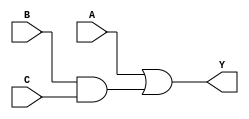
module circuit1(A, B, C, Y);
input A, B, C;
output Y;
wire w1;
assign w1 = B & C;
assign Y = A | w1;
endmodule